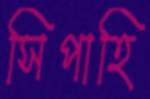
সিপাহি